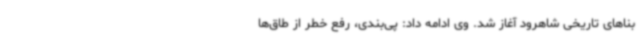
بناهای تاریخی شاهرود آغاز شد. وی ادامه داد: پی‌بندی، رفع خطر از طاق‌ها